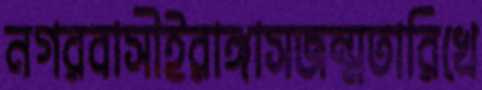
নগরবাসীইরাঙ্গাসজন্মতারিখে